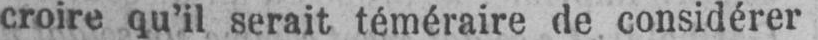
croire qu’il serait téméraire de considérer